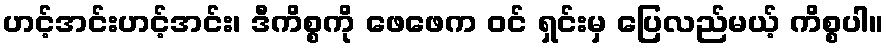
ဟင့်အင်းဟင့်အင်း၊ ဒီကိစ္စကို ဖေဖေက ဝင် ရှင်းမှ ပြေလည်မယ့် ကိစ္စပါ။